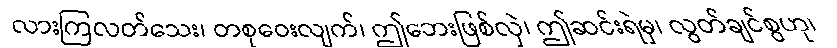
လားကြလတ်သေး၊ တစုဝေးလျက်၊ ဤဘေးဖြစ်လှဲ၊ ဤဆင်းရဲမှ၊ လွတ်ချင်စွဟု၊